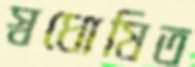
স্বঘোষিত